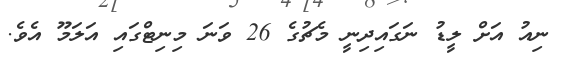
ނިއު އަށް ލީޑު ނަގައިދިނީ މެޗުގެ 26 ވަނަ މިނިޓްގައި އަލަމޫ އެވެ.